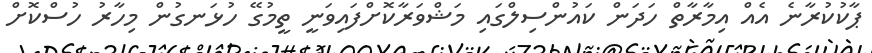
ޕާކުކުރާނެ އެއް އިމާރާތް ހަދަން ކައުންސިލްގައި މަޝްވަރާކޮށްފައިވަނީ ތީމުގޭ ހުޅަނގުން މިހާރު ހުސްކޮށް